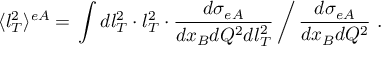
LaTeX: \langle l _ { T } ^ { 2 } \rangle ^ { e A } = \left. \int d l _ { T } ^ { 2 } \cdot l _ { T } ^ { 2 } \cdot \frac { d \sigma _ { e A } } { d x _ { B } d Q ^ { 2 } d l _ { T } ^ { 2 } } \, \right/ \frac { d \sigma _ { e A } } { d x _ { B } d Q ^ { 2 } } \ .